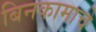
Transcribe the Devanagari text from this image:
बिनकामाचे